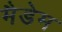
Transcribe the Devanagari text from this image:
मैडेम